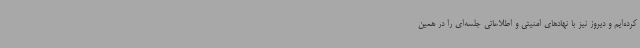
کرده‌ایم و دیروز نیز با نهادهای امنیتی و اطلاعاتی جلسه‌ای را در همین